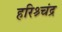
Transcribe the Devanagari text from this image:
हरिश्र्चंद्र